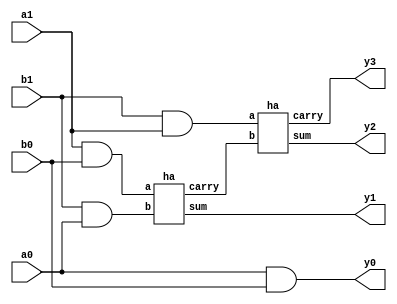



module mult_2x2(input a1,a0,b1,b0,output y0,y1,y2,y3 );
wire w1,w2,w3,c1;
assign y0=(a0)&(b0);
assign w1=(a1)&(b0);
assign w2=(b1)&(a0);
ha g1(w1,w2,y1,c1);
assign w3=(b1)&(a1);
ha g2(w3,c1,y2,y3);
endmodule


module ha(input a,b,output sum,carry);
assign sum=a^b;
assign carry=a&b; 
endmodule